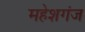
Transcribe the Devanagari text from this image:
महेशगंज